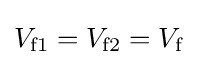
V_{\rm {f1}}=V_{\rm {f2}}=V_{\rm {f}}